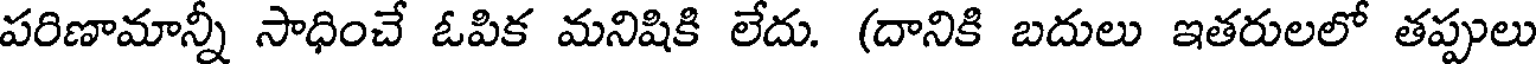
పరిణామాన్నీ సాధించే ఓపిక మనిషికి లేదు. (దానికి బదులు ఇతరులలో తప్పులు